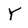
Character: Y